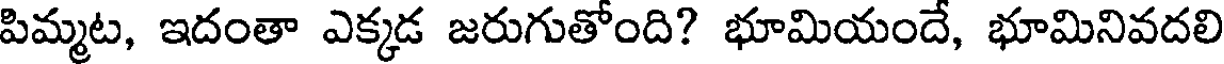
పిమ్మట, ఇదంతా ఎక్కడ జరుగుతోంది? భూమియందే, భూమినివదలి